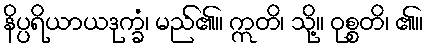
နိပ္ပရိယာယဒုက္ခံ၊ မည်၏။ ဣတိ၊ သို့။ ဝုစ္စတိ၊ ၏။